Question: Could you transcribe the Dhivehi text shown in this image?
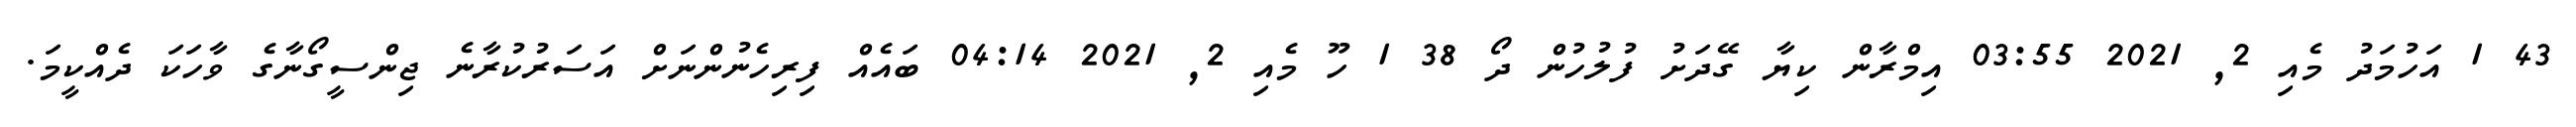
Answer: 43 1 އަހުމަދު މެއި 2, 2021 03:55 އިމްރާން ކިޔާ ގޭދަށު ފުލުހުން ދޯ 38 1 ހޫ މެއި 2, 2021 04:14 ބައެއް ފިރިހެނުންނަށް އަސަރުކުރާނެ ޖިންސީގޯނާގެ ވާހަކަ ދެއްކީމަ.